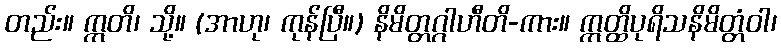
တည်း။ ဣတိ၊ သို့။ (အာဟု၊ ကုန်ပြီ။) နိမိတ္တဂ္ဂါဟီတိ-ကား။ ဣတ္ထိပုရိသနိမိတ္တံဝါ၊